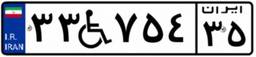
۳۳W۷۵۴۳۵